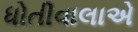
ધોતીવાલાએ